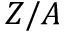
Z / A